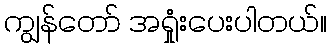
ကျွန်တော် အရှုံးပေးပါတယ်။